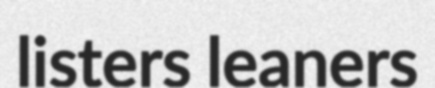
listers leaners